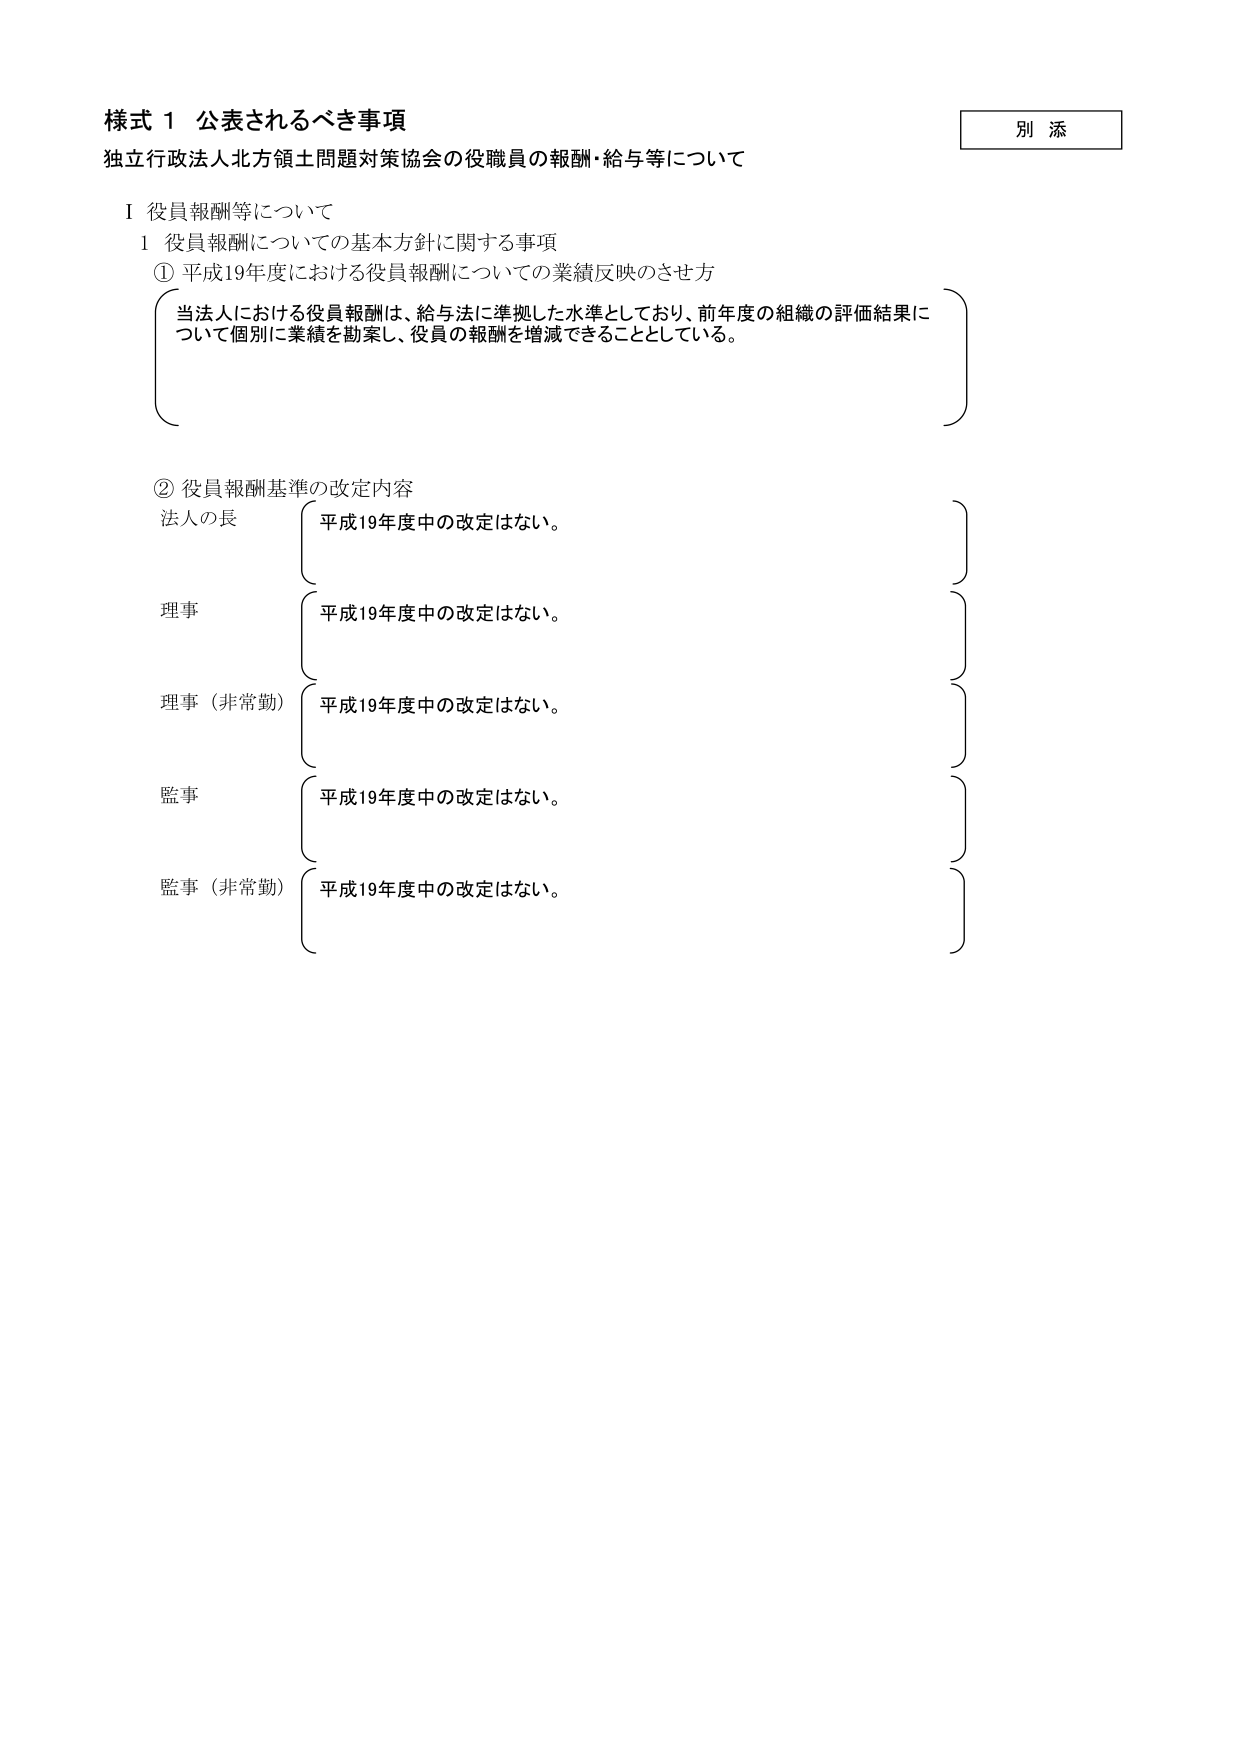
様式１ 公表されるべき事項
独立行政法人北方領土問題対策協会の役職員の報酬・給与等について

Ⅰ 役員報酬等について
１ 役員報酬についての基本方針に関する事項
① 平成19年度における役員報酬についての業績反映のさせ方
　当法人における役員報酬は、給与法に準拠した水準としており、前年度の組織の評価結果について個別に業績を勘案し、役員の報酬を増減できることとしている。

② 役員報酬基準の改定内容
　法人の長　　平成19年度中の改定はない。
　理事　　　　平成19年度中の改定はない。
　理事（非常勤）　平成19年度中の改定はない。
　監事　　　　平成19年度中の改定はない。
　監事（非常勤）　平成19年度中の改定はない。

別 添